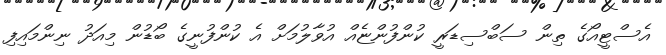
އެސްޓީއޯގެ ތިން ސަބްސިޑަރީ ކުންފުންޏެއް އުވާލުމަށް އެ ކުންފުނީގެ ބޯޑުން މިއަދު ނިންމައިފި